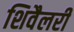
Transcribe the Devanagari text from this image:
शिवैलरी